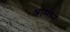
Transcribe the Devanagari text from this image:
श्रामीन